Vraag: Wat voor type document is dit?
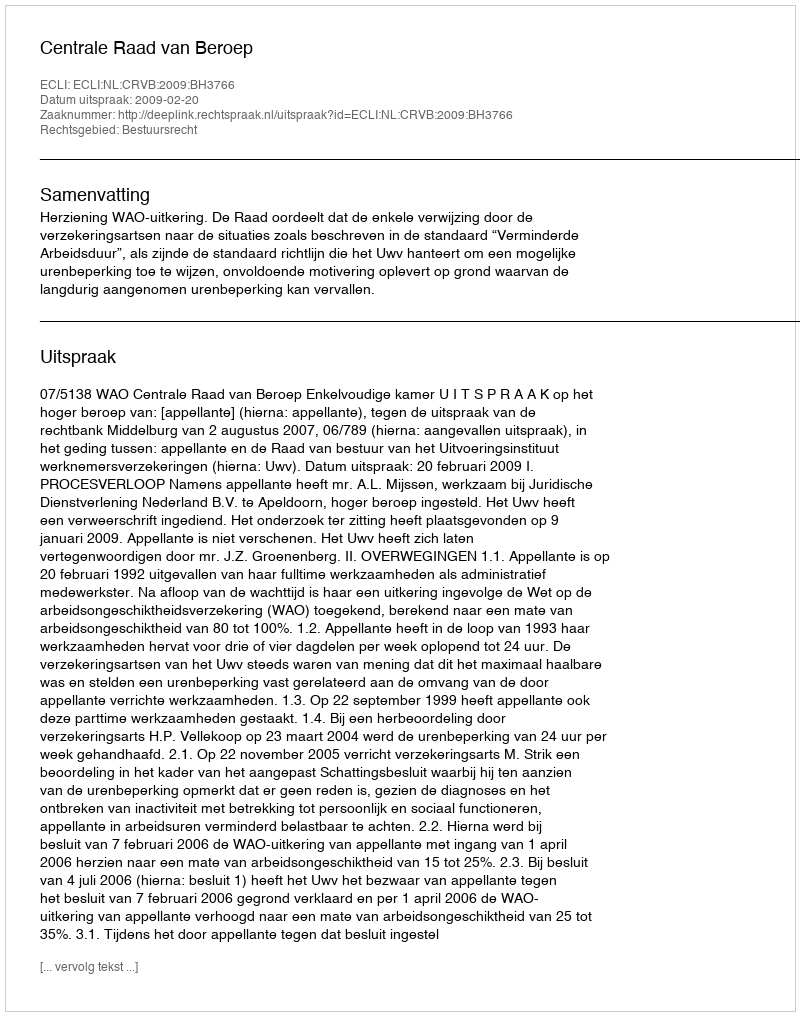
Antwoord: Uitspraak